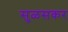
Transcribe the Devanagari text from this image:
सुळसकर